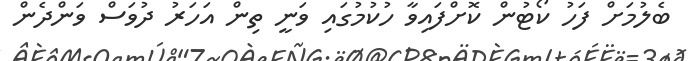
ބެލުމަށް ފަހު ކޯޓުން ކޮށްފައިވާ ހުކުމުގައި ވަނީ ތިން އަހަރު ދުވަސް ވަންދެން